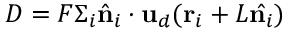
D = F \Sigma _ { i } \hat { \bf n } _ { i } \cdot \mathbf { u } _ { d } ( \mathbf { r } _ { i } + L \hat { \mathbf { n } _ { i } } )